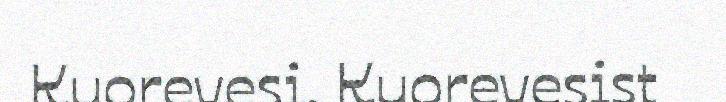
Kuorevesi. Kuorevesist